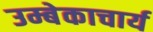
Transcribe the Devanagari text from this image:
उम्बेकाचार्य